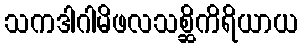
သကဒါဂါမိဖလသစ္ဆိကိရိယာယ